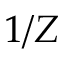
1 / Z